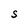
Character: S